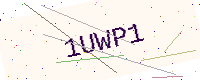
Text: 1UWP1